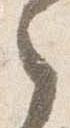
之